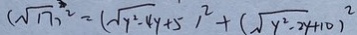
( \sqrt { 1 7 } ) ^ { 2 } = ( \sqrt { y ^ { 2 } - 4 y + 5 } ) ^ { 2 } + ( \sqrt { y ^ { 2 } - 2 y } + 1 0 ) ^ { 2 }